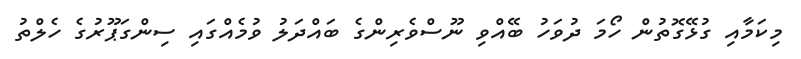
މިކަމާއި ގުޅޭގޮތުން ހޯމަ ދުވަހު ބޭއްވި ނޫސްވެރިންގެ ބައްދަލު ވުމެއްގައި ސިންގަޕޫރުގެ ހެލްތު